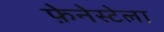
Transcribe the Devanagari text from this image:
फ़ेनेस्टेला